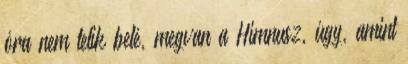
óra nem telik belé, megvan a Himnusz, úgy, amint